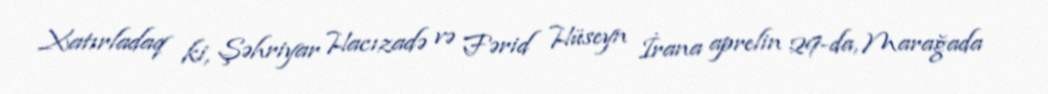
Xatırladaq ki, Şəhriyar Hacızadə və Fərid Hüseyn İrana aprelin 29-da, Marağada